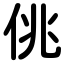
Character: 佻